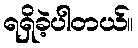
ရရှိခဲ့ပါတယ်။